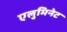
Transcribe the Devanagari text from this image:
एलुमिनेट